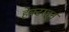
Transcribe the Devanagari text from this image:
हेक्टरहून